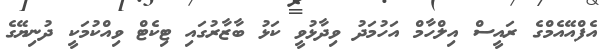
އެފްއޭއެމްގެ ރައީސް އިލްހާމް އަހުމަދު ވިދާޅުވީ ކަޅު ބާޒާރުގައި ޓިކެޓް ވިއްކުމަކީ ދުނިޔޭގެ